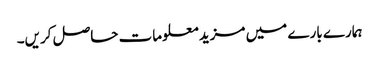
ہمارے بارے میں مزید معلومات حاصل کریں۔